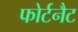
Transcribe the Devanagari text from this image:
फोर्टनैट